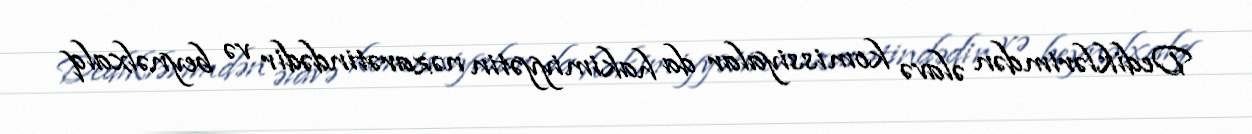
Dediklərimdən əlavə komissiyalar da hakimiyyətin nəzarətindədir və beynəlxalq